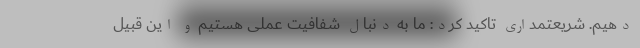
دهیم. شریعتمداری تاکید کرد: ما به دنبال شفافیت عملی هستیم و این قبیل